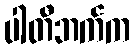
ပါတီဘက်က